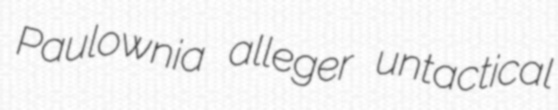
Paulownia alleger untactical